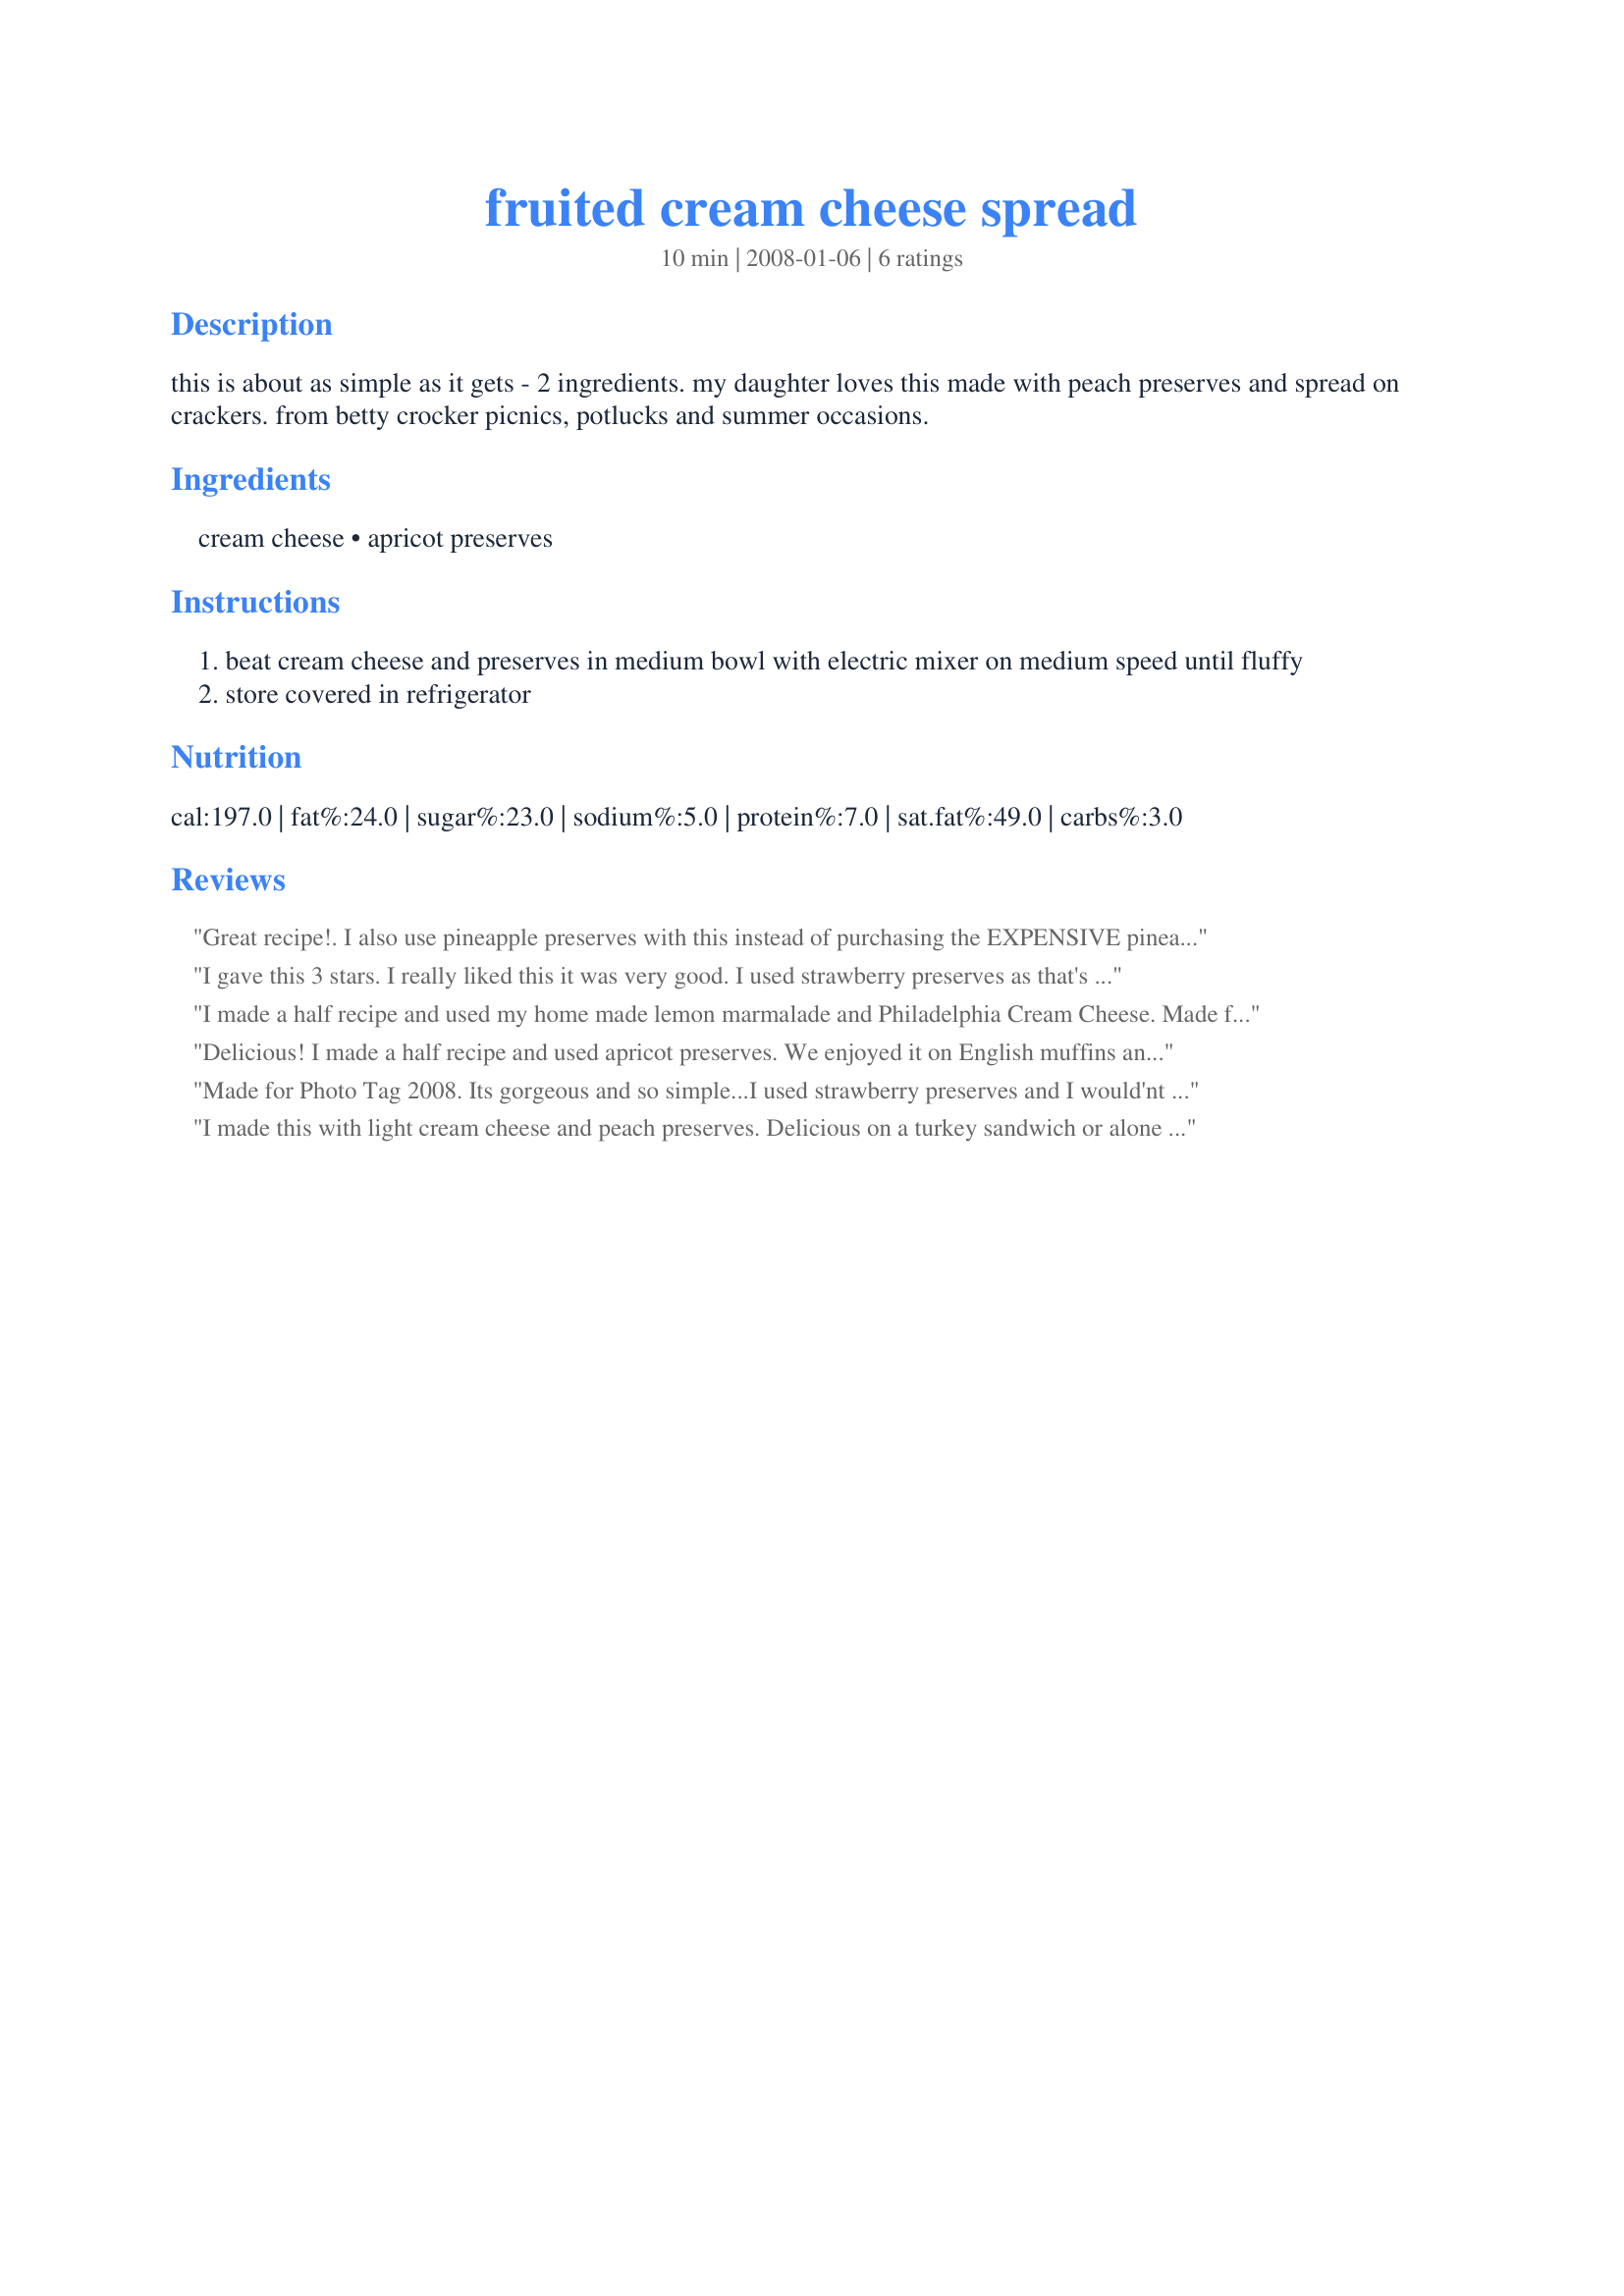
fruited cream cheese spread
Preparation time: 10 minutes

this is about as simple as it gets - 2 ingredients. my daughter loves this made with peach preserves and spread on crackers. from betty crocker picnics, potlucks and summer occasions.

Ingredients:
cream cheese, apricot preserves

Steps:
beat cream cheese and preserves in medium bowl with electric mixer on medium speed until fluffy
store covered in refrigerator

Reviews:
Great recipe!. I also use pineapple preserves with this instead of purchasing the EXPENSIVE
pineapple cream cheese spread made by Kraft.My favorite to mix with this is the apricot preserves. This is simple and I am glad you have posted.
I gave this 3 stars. I really liked this it was very good. I used strawberry preserves as that's what I had on hand and like. I used this as a spread on bagels. I cut the recipe in half. I also increase the preserves to 1/3 cup to suit my taste. My future hubby actually said that this tasted a whole lot better then the store bought. Thanks for posting a really good recipe. Christine (internetnut)
I made a half recipe and used my home made lemon marmalade and Philadelphia Cream Cheese. Made for LazyMe Cook-A-Thon in memory of Don, her Dear Husband.
SA ;(
Delicious! I made a half recipe and used apricot preserves. We enjoyed it on English muffins and toast. I can&#039;t wait to try it as a sandwich spread. Thank you for sharing this quick, wonderful recipe...it is definitely a keeper! **Made for 2013 Football Conference Playoffs**
Made for Photo Tag 2008.
Its gorgeous and so simple...I used strawberry preserves and I would'nt hesitate to try other flavours!
I made this with light cream cheese and peach preserves. Delicious on a turkey sandwich or alone on graham crackers. Thanks for the recipe!
